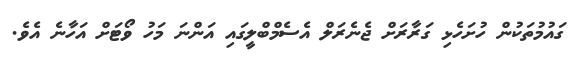
ގައުމުތަކުން ހުށަހެޅި ގަރާރަށް ޖެނެރަލް އެސެމްބްލީގައި އަންނަ މަހު ވޯޓަށް އަހާނެ އެވެ.